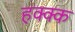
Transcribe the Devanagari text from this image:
हक्क्क